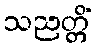
သညတ္တိံ